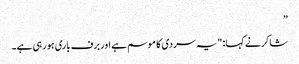
”
شاکر نے کہا: "یہ سردی کا موسم ہے اور برف باری ہو رہی ہے۔